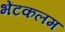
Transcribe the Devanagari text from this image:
भेंटकलम